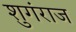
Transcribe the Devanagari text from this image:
शुगंराज